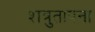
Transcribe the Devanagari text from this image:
शत्रुतापना